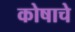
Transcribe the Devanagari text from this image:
कोषाचे